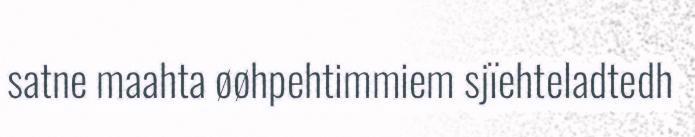
satne maahta øøhpehtimmiem sjïehteladtedh